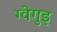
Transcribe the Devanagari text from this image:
ग्वेगुइ